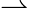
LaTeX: \rightharpoonup